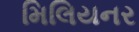
મિલિયનર